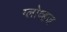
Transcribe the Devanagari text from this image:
ग्लोव्हज